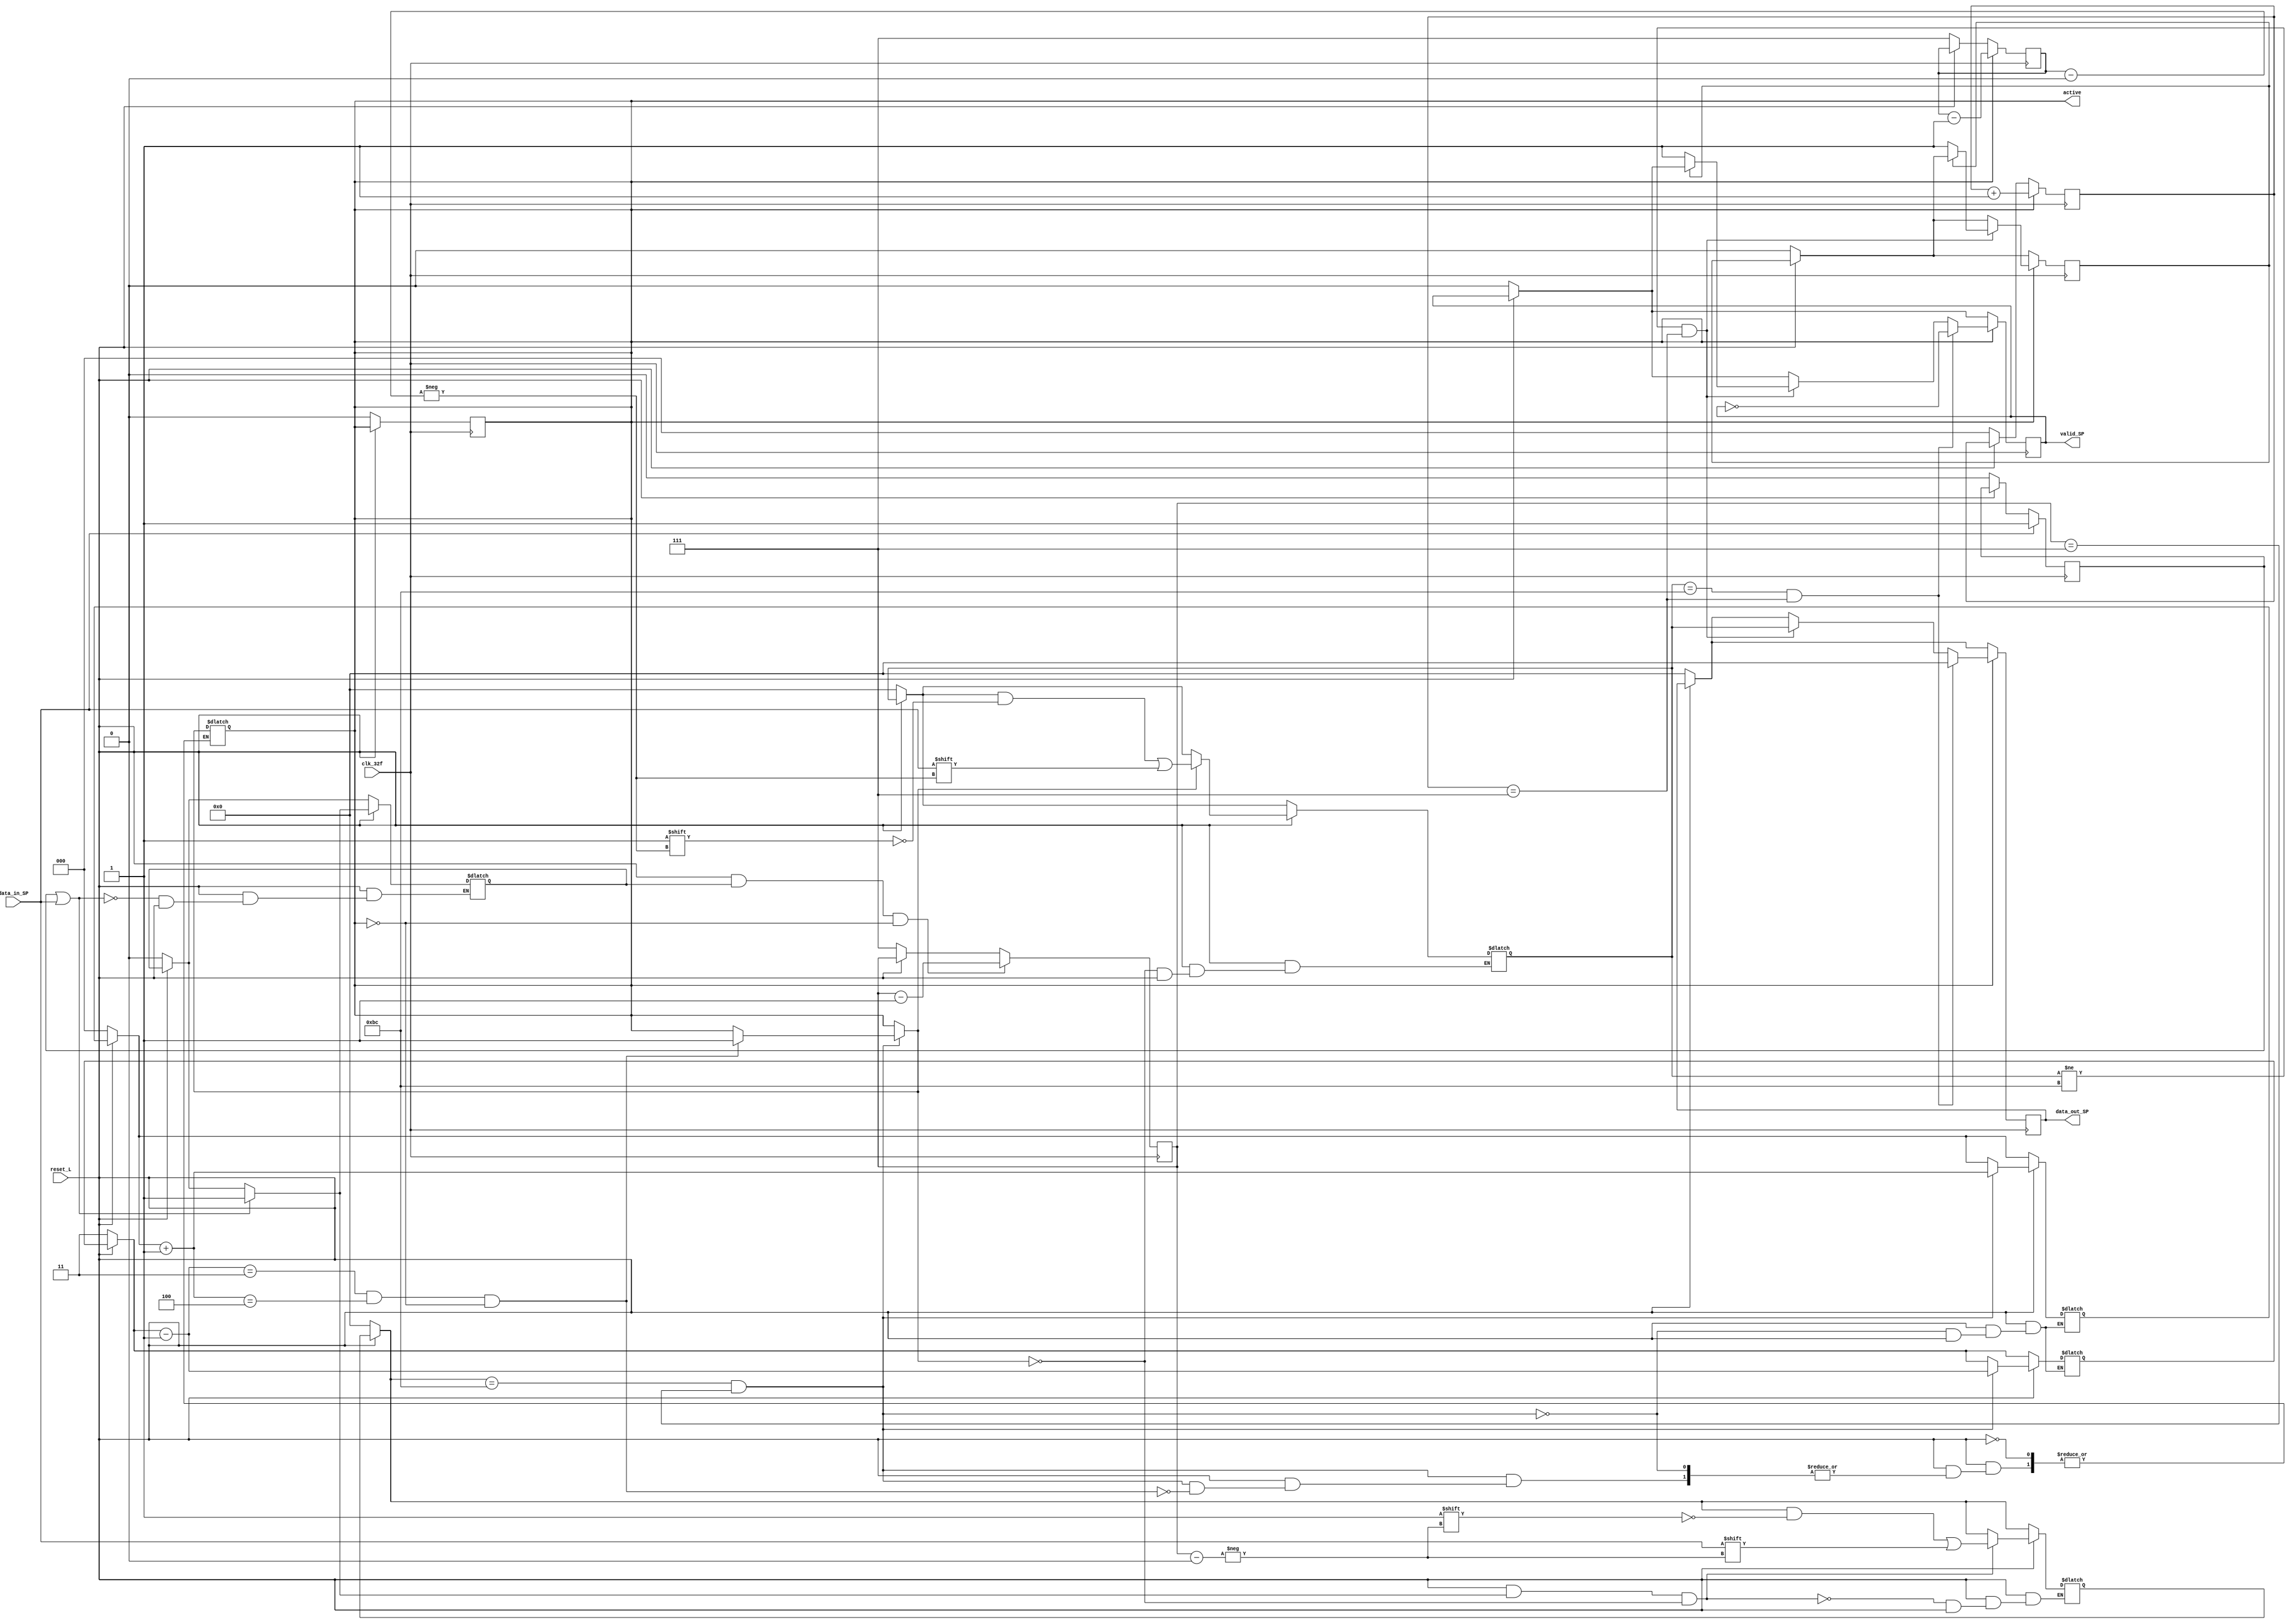
module Serial_Paralelo (
	output reg	[7:0] data_out_SP,
	output reg	valid_SP,
	output reg	active,
	input		clk_32f,
	input		data_in_SP,
	input 		reset_L);
	
	reg	[7:0] inic;
	reg	[7:0] inic2;
	reg	[1:0] cont;
	reg	[2:0] i;
	reg	[2:0] j;
	reg	[2:0] k;
	reg	flag;
	reg	flag2;
	reg	flagx;
	reg	Aux1;
	reg	[2:0] flag3;
	
always @ (*) begin 

	if (reset_L == 0) begin
	cont = 'b11; flag3 = 'b0; flagx = 'b0; inic2 = 'b0; inic='b0; // Mantiene la logica con esos valores el resto del tiempo
	end
	if (reset_L == 1) begin
	
		if ((flag2 == 1) | (data_in_SP == 1))
			flagx = 'b1;
	
		if ((inic2 == 'b10111100) & (j =='b111)) begin 
			cont = cont -1;
			flag3 = flag3 +1;
			if ( (cont == 'b11) & (flag3 == 'b100) & (active == 0))
			active = 'b1;
		end
		
		if ((reset_L == 1) & (flagx == 1) & (active == 0))
			inic2[j] = data_in_SP;	
			
		if ( active == 'b1)
			inic[i] = data_in_SP;
	end
end


	always @ (posedge clk_32f) begin  
	
	if (reset_L == 0) begin
	//cont <= 'b11; flag3 <= 'b0; flagx <= 'b0; inic2 <= 'b0; inic<='b0; //Varable de la logica combinacional
	
	i<='b111; k<='b000; j<='b111; flag2<='b0; Aux1<='b0;
	data_out_SP<='b0; valid_SP<='b0; active<='b0; 
	end  
	
	if (data_in_SP == 'b1)
		flag2 <= 'b1;   //Boton
		
	if ((reset_L == 1) & (flagx == 1) & (active == 0))
		j <= j - 1;
	
	if ( active == 'b1) begin
		i <= i - 1;
		k <= k + 1;
				
		if ((inic != 'b10111100) & (k == 'b111)) begin
		
			data_out_SP <= inic;
			if (Aux1==0) begin       //Boton
				valid_SP <= 'b1;
				Aux1<= 'b1;
			end
		end
		
		if ((inic == 'b10111100) & (k == 'b111)) begin
		
			data_out_SP <= 'b0;  //Quitar esta sentencia si se quiere que pase el BC
			valid_SP <= ~valid_SP;
		end
	end
end	
endmodule